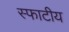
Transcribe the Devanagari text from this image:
स्फाटीय